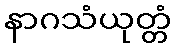
နာဂသံယုတ္တံ